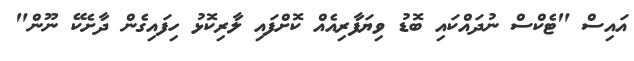
އައިސް "ޓެކްސް ނުދައްކައި ބޮޑު ވިޔަފާރިއެއް ކޮށްފައި ލާރިކޮޅު ހިފައިގެން ދާށެކޭ ނޫން"